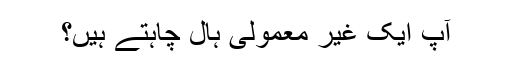
آپ ایک غیر معمولی ہال چاہتے ہیں؟